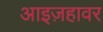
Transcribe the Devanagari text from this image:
आइज़हावर